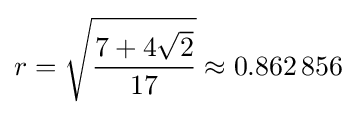
r={\sqrt {\frac {7+4{\sqrt {2}}}{17}}}\approx 0.862\,856